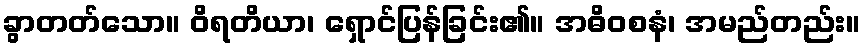
ခွာတတ်သော။ ဝိရတိယာ၊ ရှောင်ပြန်ခြင်း၏။ အဓိဝစနံ၊ အမည်တည်း။